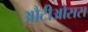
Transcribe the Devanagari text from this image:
औटीओसस